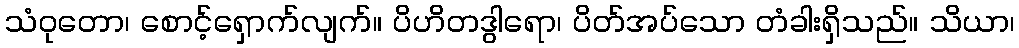
သံဝုတော၊ စောင့်ရှောက်လျက်။ ပိဟိတဒွါရော၊ ပိတ်အပ်သော တံခါးရှိသည်။ သိယာ၊